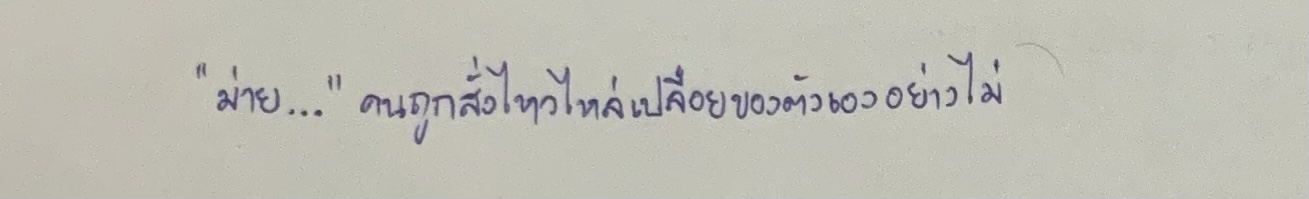
"ม่าย..."คนถูกสั่งไหวไหล่เปลือยของตัวเองอย่างไม่